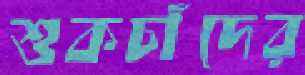
শুকচাঁদের